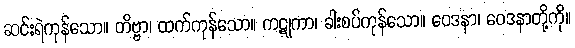
ဆင်းရဲကုန်သော။ တိဗ္ဗာ၊ ထက်ကုန်သော။ ကဋုကာ၊ ခါးစပ်ကုန်သော။ ဝေဒနာ၊ ဝေဒနာတို့ကို။